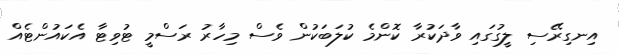
އިނގިރޭސި ލީގުގައި ވާދަކުރާ ކޮންމެ ކުލަބަކުން ވެސް މިހާރު ރަސްމީ ޓުވިޓާ އެކައުންޓެއް